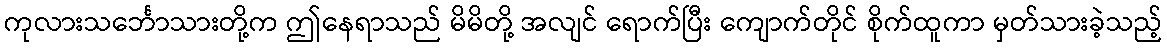
ကုလားသင်္ဘောသားတို့က ဤနေရာသည် မိမိတို့ အလျင် ရောက်ပြီး ကျောက်တိုင် စိုက်ထူကာ မှတ်သားခဲ့သည့်